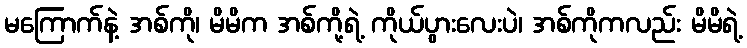
မကြောက်နဲ့ အစ်ကို၊ မိမိက အစ်ကို့ရဲ့ ကိုယ်ပွားလေးပဲ၊ အစ်ကိုကလည်း မိမိရဲ့